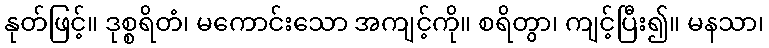
နုတ်ဖြင့်။ ဒုစ္စရိတံ၊ မကောင်းသော အကျင့်ကို။ စရိတွာ၊ ကျင့်ပြီး၍။ မနသာ၊